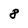
Character: 8